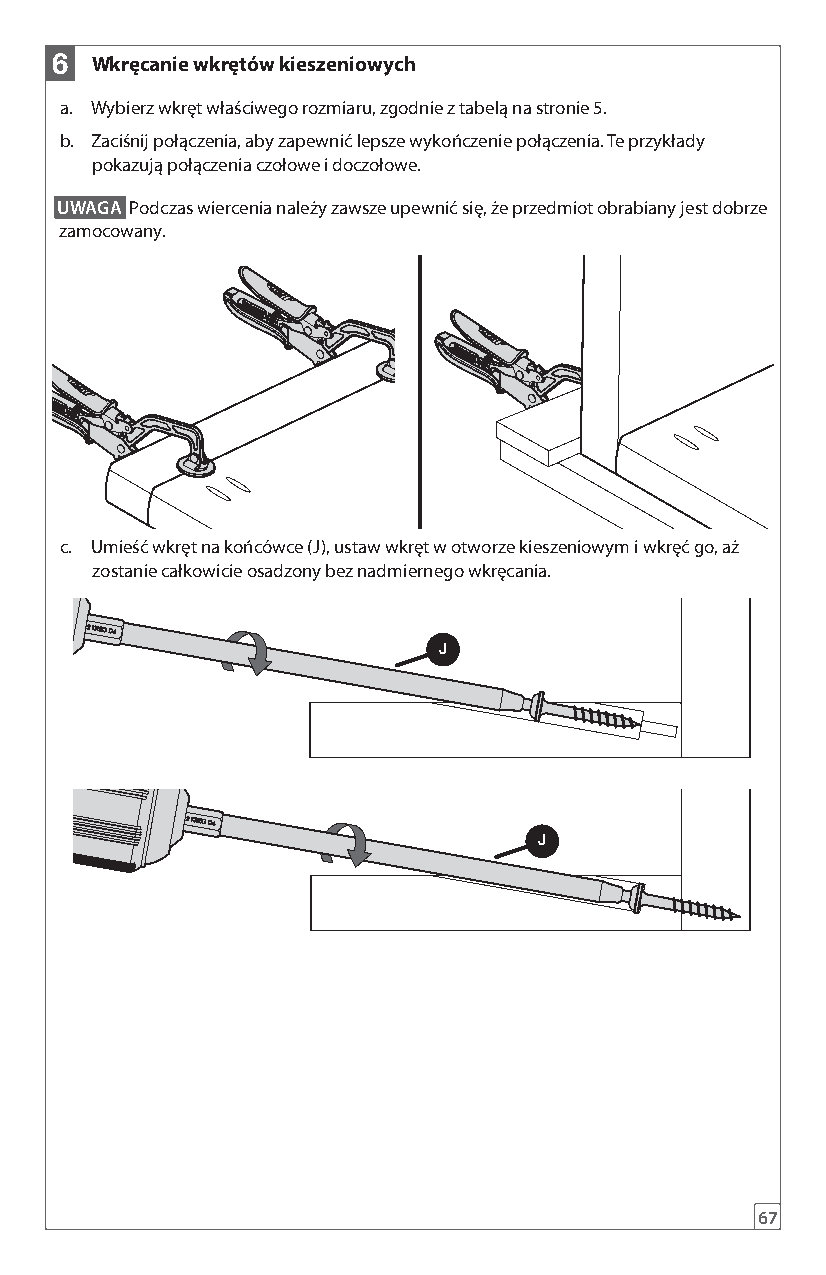
6  Wkręcanie wkrętów kieszeniowych
 a. Wybierz wkręt właściwego rozmiaru, zgodnie z tabelą na stronie 5.
 b. Zaciśnij połączenia, aby zapewnić lepsze wykończenie połączenia. Te przykłady
 pokazują połączenia czołowe i doczołowe.
 UWAGA Podczas wiercenia należy zawsze upewnić się, że przedmiot obrabiany jest dobrze
 zamocowany.
 c. Umieść wkręt na końcówce (J), ustaw wkręt w otworze kieszeniowym i wkręć go, aż
 zostanie całkowicie osadzony bez nadmiernego wkręcania.
 J
 J
 67